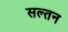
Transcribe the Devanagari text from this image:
सल्तन